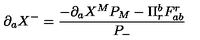
\partial _ { a } X ^ { - } = \frac { - \partial _ { a } X ^ { M } P _ { M } - \Pi _ { r } ^ { b } F _ { a b } ^ { r } } { P _ { - } }